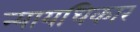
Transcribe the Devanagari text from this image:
न्यायधिकार